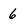
Character: 6